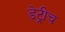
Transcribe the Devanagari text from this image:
डेट्रीच